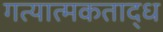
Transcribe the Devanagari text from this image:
गत्यात्मकताद्ध